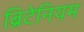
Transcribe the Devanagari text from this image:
ब्रिटेनियम